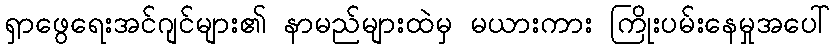
ရှာဖွေရေးအင်ဂျင်များ၏ နာမည်များထဲမှ မယားကား ကြိုးပမ်းနေမှုအပေါ်